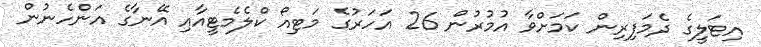
އިޓަލީގެ ދެމަފިރިން ކަމަށްވާ އުމުރުން 26 އަހަރުގެ މަޓިއޯ ކްލެމެޓީއާއި އޭނާގެ އަންހެނުން